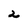
Character: 2